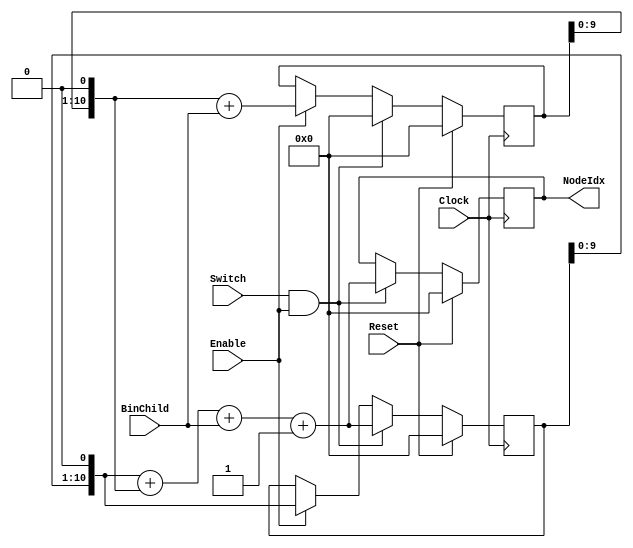
//==============================================================================
//	Module:		PathGen
//	Desc:		Output indices of nodes on a subtree.
//				Support any 2^k-ary tree for subtree locality trick from ISCA'13
//==============================================================================

module PathGen (Clock, Reset, Enable, Switch, BinChild,  NodeIdx);
	
	parameter ORAML = 10;
 
	input Clock, Reset, Enable;
	input Switch;     // indicating the degree of the tree. Assertion every k Enable means 2^k-ary tree. 
	input BinChild;   // left-or-right child 
	output reg [ORAML:0]  NodeIdx;
 
	reg [ORAML:0] Accum, Child;  

	always@(posedge Clock) begin
		if (Reset) begin
			NodeIdx <= 0;
			Accum <= 0;
			Child <= 0;
		end
		else if (Switch && Enable) begin    // entering a new level in the tree, update NodeIdx
			NodeIdx <= (Accum << 1) + (Child << 1) + BinChild + 1;
			Accum <= (Accum << 1) + (Child << 1) + BinChild + 1;
			Child <= 0;
		end
		else if (Enable) begin              // otherwise, just prepare for the next update for a 2^k-ary tree
			Accum <= Accum << 1;
			Child <= (Child << 1) + BinChild;  
		end
	end
  
endmodule